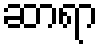
ဆာရာ